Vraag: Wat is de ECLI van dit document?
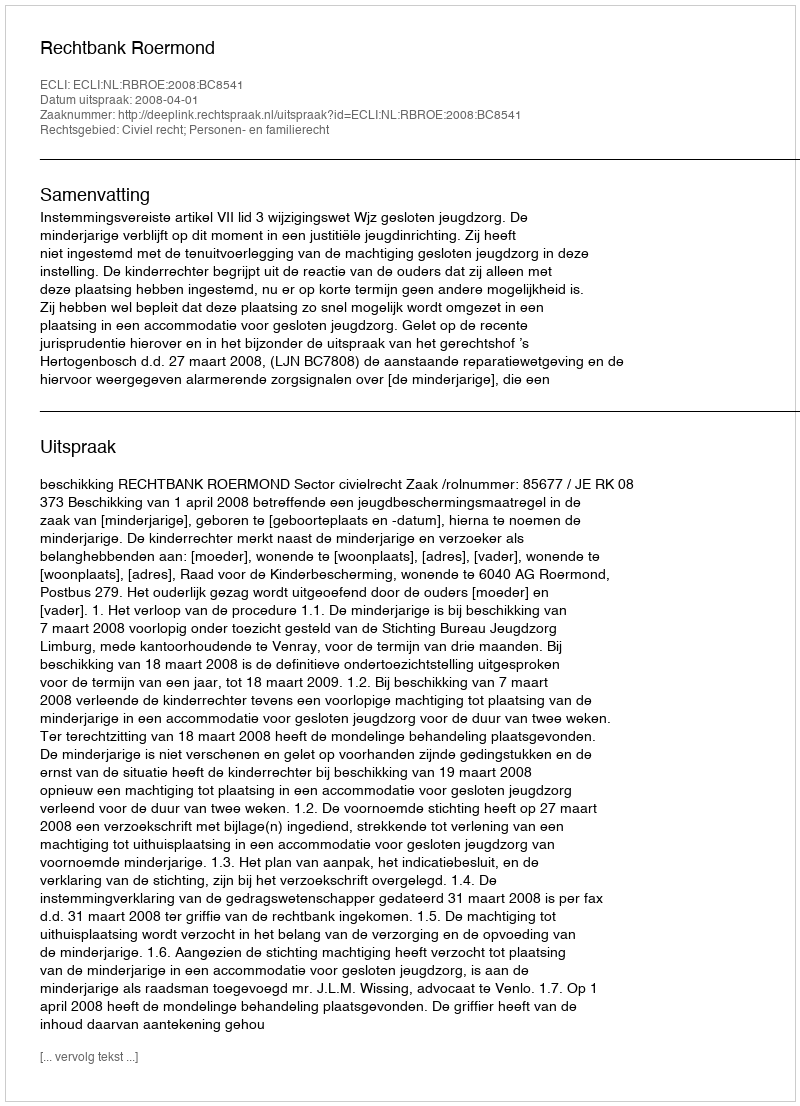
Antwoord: ECLI:NL:RBROE:2008:BC8541